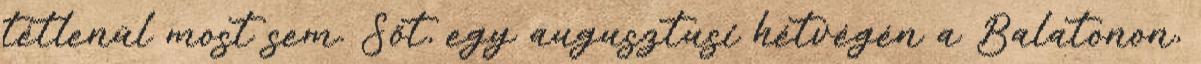
tétlenül most sem. Sőt, egy augusztusi hétvégén a Balatonon,